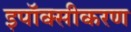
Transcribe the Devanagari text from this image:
इपॉक्सीकरण